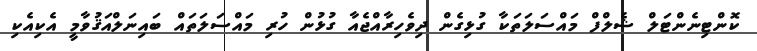
ކޮންޓިނެންޓަލް ޝެލްފް މައްސަލަތަކާ ގުޅިގެން ދިވެހިރާއްޖެއާ ގުޅުން ހުރި މައްސަލަތައް ބައިނަލްއަޤުވާމީ އެކިއެކި